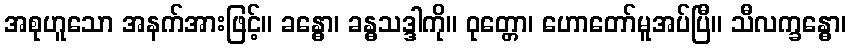
အစုဟူသော အနက်အားဖြင့်။ ခန္ဓော၊ ခန္ဓသဒ္ဒါကို။ ဝုတ္တော၊ ဟောတော်မူအပ်ပြီ။ သီလက္ခန္ဓော၊